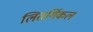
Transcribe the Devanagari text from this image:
लितर्गिकल